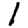
Digit: 1